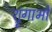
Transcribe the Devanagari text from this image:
श्रृंगाभों